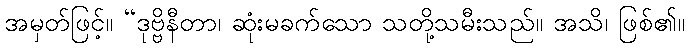
အမှတ်ဖြင့်။ “ဒုဗ္ဗိနီတာ၊ ဆုံးမခက်သော သတို့သမီးသည်။ အသိ၊ ဖြစ်၏။